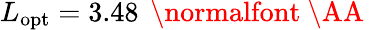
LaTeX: L_{\mathrm{opt}}=3.48\, \mathrm{~\normalfont~\AA~}